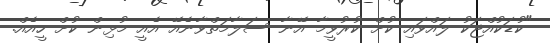
"ކުޑަކުއްޖަކު ލައްވައި ކުށް ކުރުވީމާ އޭނާ ސަލާމަތްވާނެއޭ އެއީ މުޅިން ކުށް ހީއެއް.